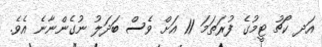
އަދ ކޯޗު ޓީމުގެ ފުރަތަމަ 11 އަށް ވެސް ބަދަލު ނުގެންނާނެ އެވެ.